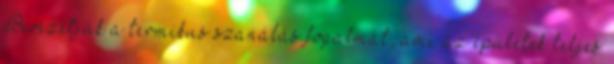
Bevezetjük a termikus szanálás fogalmát, ami az épületek teljes